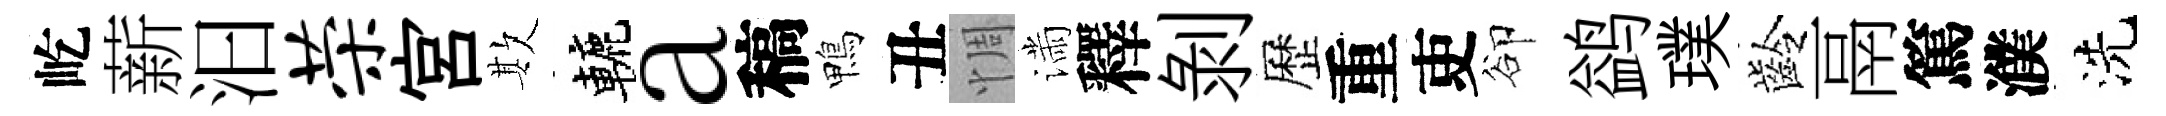
屹薪汩荣宮欺轆a稿鴨丑惆滿釋剝歷重吏卻鹢璞齡鬲篤濮洗